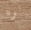
لونا